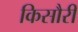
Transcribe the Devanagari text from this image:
किसौरी